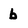
Character: b